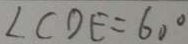
\angle C D E = 6 0 ^ { \circ }